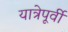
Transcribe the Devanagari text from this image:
यात्रेपूर्वी